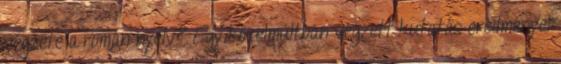
végzete a román nyelv? Egy közelmúltban végzett kutatás eredményei